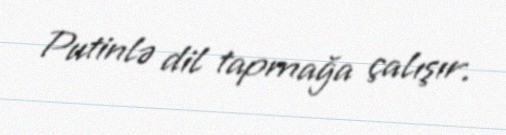
Putinlə dil tapmağa çalışır.